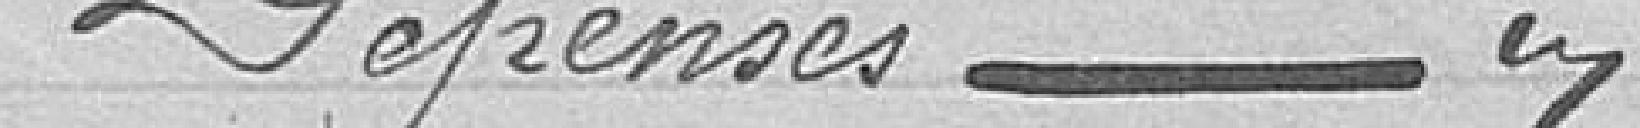
Dépense